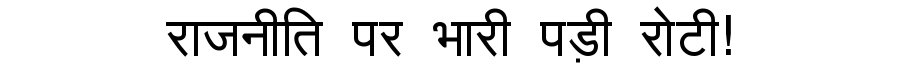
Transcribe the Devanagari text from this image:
राजनीति पर भारी पड़ी रोटी!